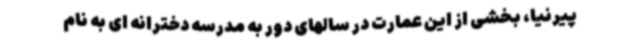
پیرنیا، بخشی از این عمارت در سالهای دور به مدرسه دخترانه ای به نام